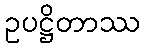
ဥပဋ္ဌိတာဿ